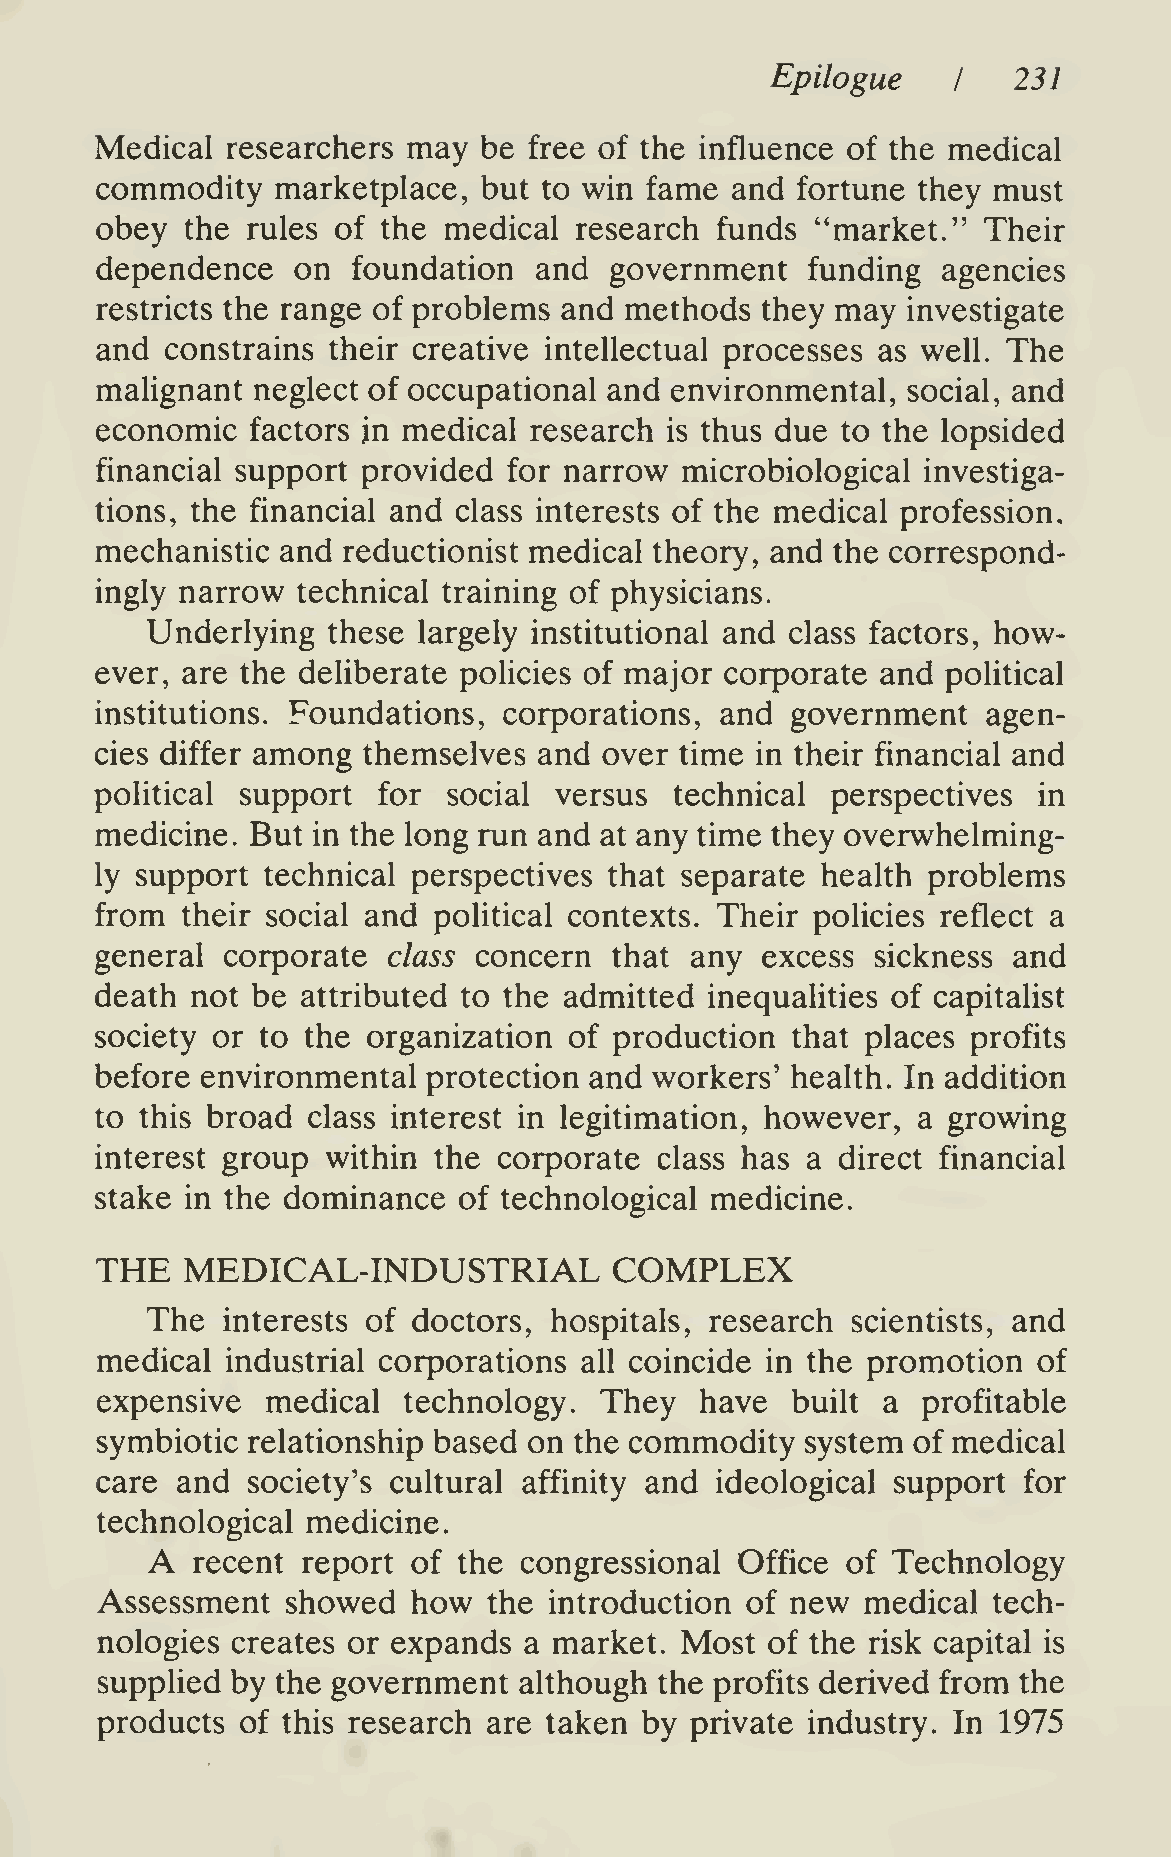
Epilogue        231
 I
 Medical  researchers may  be free of the influence of the medical
 commodity   marketplace,  but to win fame and  fortune they must
 obey  the rules of the medical  research funds  "market."  Their
 dependence   on  foundation  and  government   funding  agencies
 restricts the range of problems and methods they may  investigate
 and  constrains their creative intellectual processes as well. The
 malignant  neglect of occupational and environmental, social, and
 economic   factors in medical research is thus due to the lopsided
 financial support provided  for narrow microbiological investiga-
 tions, the financial and class interests of the medical profession,
 mechanistic and  reductionist medical theory, and the correspond-
 ingly narrow  technical training of physicians.
 Underlying  these largely institutional and class factors, how-
 ever, are the deliberate policies of major corporate and political
 institutions. Foundations, corporations,  and government   agen-
 cies differ among themselves  and over time in their financial and
 political support  for  social versus  technical perspectives  in
 medicine.  But in the long run and at any time they overwhelming-
 ly support technical perspectives that separate health problems
 from  their social and political contexts. Their policies reflect a
 general  corporate  class concern  that any excess  sickness and
 death  not be attributed to the admitted inequahties of capitalist
 society or to the organization  of production that places profits
 before environmental  protection and workers' health. In addition
 to this broad class interest in legitimation, however, a growing
 interest group  within the corporate  class has a direct financial
 stake in the dominance  of technological medicine.
 THE   MEDICAL-INDUSTRIAL           COMPLEX
 The  interests of doctors, hospitals, research scientists, and
 medical  industrial corporations all coincide in the promotion of
 expensive   medical  technology.  They  have  built a  profitable
 symbiotic relationship based on the commodity  system of medical
 care  and society's cultural affinity and ideological support for
 technological medicine.
 A
 recent report of the congressional  Office of Technology
 Assessment   showed  how  the introduction of new  medical  tech-
 nologies creates or expands  a market. Most  of the risk capital is
 supplied by the government  although  the profits derived from the
 products  of this research are taken by private industry. In 1975